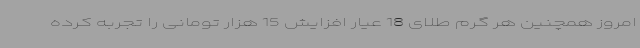
امروز همچنین هر گرم طلای 18 عیار افزایش 15 هزار تومانی را تجربه کرده